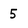
Character: 5